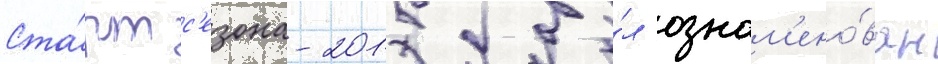
Ста́рт с'езона-2015 бы́л ознам'ено́ван